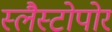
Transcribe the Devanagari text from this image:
स्लैस्टोपोर